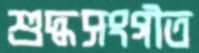
শুদ্ধসংগীত